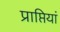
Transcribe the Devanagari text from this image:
प्राप्तियां